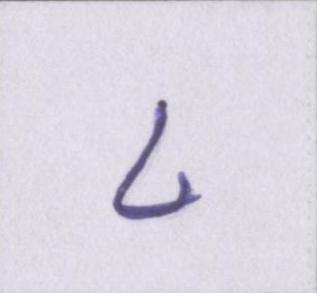
८